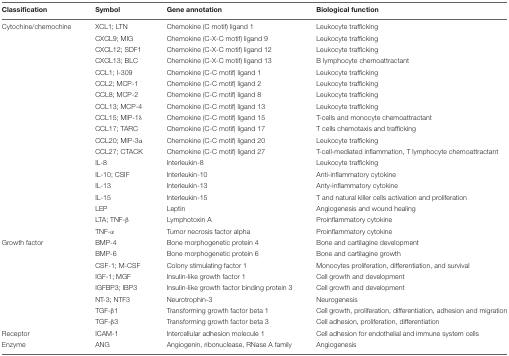
<table><thead><tr><td><b>Classification</b></td><td><b>Symbol</b></td><td><b>Gene annotation</b></td><td><b>Biological function</b></td></tr></thead><tbody><tr><td>Cytochine/chemochine</td><td>XCL1; LTN</td><td>Chemokine (C motif) ligand 1</td><td>Leukocyte trafficking</td></tr><tr><td></td><td>CXCL9; MIG</td><td>Chemokine (C-X-C motif) ligand 9</td><td>Leukocyte trafficking</td></tr><tr><td></td><td>CXCL12; SDF1</td><td>Chemokine (C-X-C motif) ligand 12</td><td>Leukocyte trafficking</td></tr><tr><td></td><td>CXCL13; BLC</td><td>Chemokine (C-X-C motif) ligand 13</td><td>B lymphocyte chemoattractant</td></tr><tr><td></td><td>CCL1; I-309</td><td>Chemokine (C-C motif) ligand 1</td><td>Leukocyte trafficking</td></tr><tr><td></td><td>CCL2; MCP-1</td><td>Chemokine (C-C motif) ligand 2</td><td>Leukocyte trafficking</td></tr><tr><td></td><td>CCL8; MCP-2</td><td>Chemokine (C-C motif) ligand 8</td><td>Leukocyte trafficking</td></tr><tr><td></td><td>CCL13; MCP-4</td><td>Chemokine (C-C motif) ligand 13</td><td>Leukocyte trafficking</td></tr><tr><td></td><td>CCL15; MIP-1δ</td><td>Chemokine (C-C motif) ligand 15</td><td>T-cells and monocyte chemoattractant</td></tr><tr><td></td><td>CCL17; TARC</td><td>Chemokine (C-C motif) ligand 17</td><td>T cells chemotaxis and trafficking</td></tr><tr><td></td><td>CCL20; MIP-3α</td><td>Chemokine (C-C motif) ligand 20</td><td>Leukocyte trafficking</td></tr><tr><td></td><td>CCL27; CTACK</td><td>Chemokine (C-C motif) ligand 27</td><td>T-cell-mediated inflammation, T lymphocyte chemoattractant</td></tr><tr><td></td><td>IL-8</td><td>Interleukin-8</td><td>Leukocyte trafficking</td></tr><tr><td></td><td>IL-10; CSIF</td><td>Interleukin-10</td><td>Anti-inflammatory cytokine</td></tr><tr><td></td><td>IL-13</td><td>Interleukin-13</td><td>Anty-inflammatory cytokine</td></tr><tr><td></td><td>IL-15</td><td>Interleukin-15</td><td>T and natural killer cells activation and proliferation</td></tr><tr><td></td><td>LEP</td><td>Leptin</td><td>Angiogenesis and wound healing</td></tr><tr><td></td><td>LTA; TNF-β</td><td>Lymphotoxin A</td><td>Proinflammatory cytokine</td></tr><tr><td></td><td>TNF-α</td><td>Tumor necrosis factor alpha</td><td>Proinflammatory cytokine</td></tr><tr><td>Growth factor</td><td>BMP-4</td><td>Bone morphogenetic protein 4</td><td>Bone and cartilagine development</td></tr><tr><td></td><td>BMP-6</td><td>Bone morphogenetic protein 6</td><td>Bone and cartilagine growth</td></tr><tr><td></td><td>CSF-1; M-CSF</td><td>Colony stimulating factor 1</td><td>Monocytes proliferation, differentiation, and survival</td></tr><tr><td></td><td>IGF-1; MGF</td><td>Insulin-like growth factor 1</td><td>Cell growth and development</td></tr><tr><td></td><td>IGFBP3; IBP3</td><td>Insulin-like growth factor binding protein 3</td><td>Cell growth and development</td></tr><tr><td></td><td>NT-3; NTF3</td><td>Neurotrophin-3</td><td>Neurogenesis</td></tr><tr><td></td><td>TGF-β1</td><td>Transforming growth factor beta 1</td><td>Cell growth, proliferation, differentiation, adhesion and migration</td></tr><tr><td></td><td>TGF-β3</td><td>Transforming growth factor beta 3</td><td>Cell adhesion, proliferation, differentiation</td></tr><tr><td>Receptor</td><td>ICAM-1</td><td>Intercellular adhesion molecule 1</td><td>Cell adhesion for endothelial and immune system cells</td></tr><tr><td>Enzyme</td><td>ANG</td><td>Angiogenin, ribonuclease, RNase A family</td><td>Angiogenesis</td></tr></tbody></table>